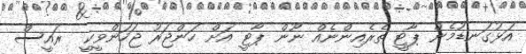
އަޅުގަނޑުމެން ޕާޓީ ތެރެއިންނެއް ނޫން ޕާޓީ އަށް ހަންޖަރު ޖަހަންވީކީ  ރައީސް